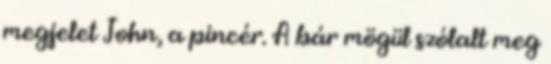
megjelet John, a pincér. A bár mögül szólalt meg